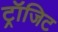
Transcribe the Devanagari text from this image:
ट्रॉजिट